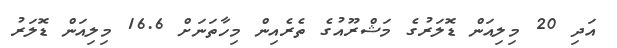
އަދި 20 މިލިއަން ޑޮލަރުގެ މަޝްރޫއުގެ ތެރެއިން މިހާތަނަށް 16.6 މިލިއަން ޑޮލަރު